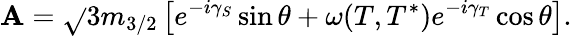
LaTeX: \mathbf{A}=\sqrt{}{{3}}m_{3/2}\left[e^{-i\gamma_{S}}\sin\theta+\omega(T,T^{*})e^{-i\gamma_{T}}\cos\theta\right].